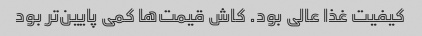
کیفیت غذا عالی بود. کاش قیمت‌ها کمی پایین‌تر بود